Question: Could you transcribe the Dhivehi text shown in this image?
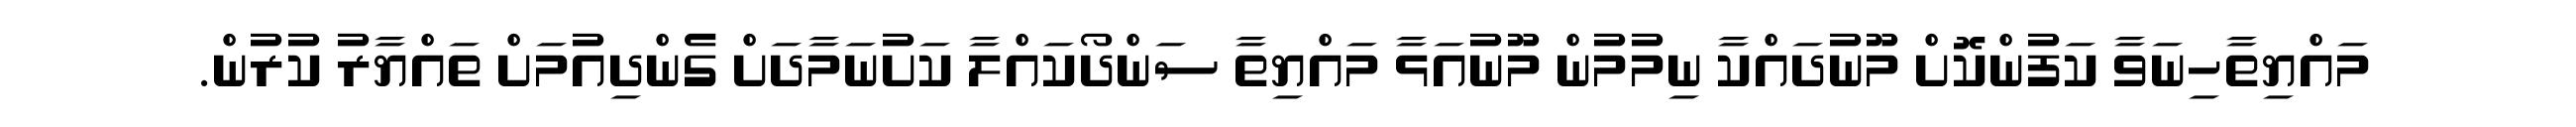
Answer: މައްޔިތާހިނަވާ ކަފުންކޮށް މޫނުދައްކާ ނިމުމުން މޫނުއަޅާ މައްޔިތާ ސަންދޯކައްލާ ކަށުނަމާދަށް ގެންދިއުމަށް ތައްޔާރު ކުރުން.